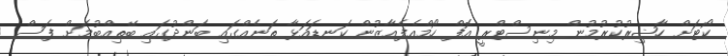
ކޯޓަށް ހާޟިރުކުރުމުން މިނިސްޓްރީ އޮފް ހޯމްއެފެއާޒުން ކަނޑައަޅާ ތަނެއްގައި ބަންދުގައި ބޭތިއްބުމަށް ފަސް